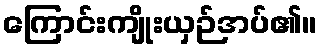
ကြောင်းကျိုးယှဉ်အပ်၏။